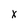
Character: X